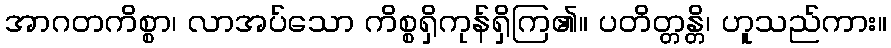
အာဂတကိစ္စာ၊ လာအပ်သော ကိစ္စရှိကုန်ရှိကြ၏။ ပတိတ္တန္တိ၊ ဟူသည်ကား။